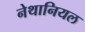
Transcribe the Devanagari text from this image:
नेथानियल